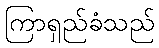
ကြာရှည်ခံသည်